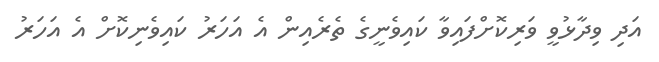
އަދި ވިދާޅުވީ ވަރިކޮށްފައިވާ ކައިވެނީގެ ތެރެއިން އެ އަހަރު ކައިވެނިކޮށް އެ އަހަރު